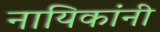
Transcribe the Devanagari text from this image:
नायिकांनी